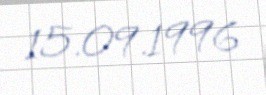
15.09.1996